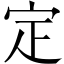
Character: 定